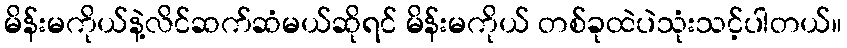
မိန်းမကိုယ်နဲ့လိင်ဆက်ဆံမယ်ဆိုရင် မိန်းမကိုယ် တစ်ခုထဲပဲသုံးသင့်ပါတယ်။